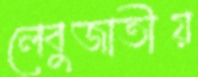
লেবুজাতীয়